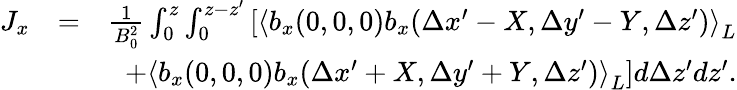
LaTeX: \begin{array}{rlr}{J_{x}}&{=}&{\frac{1}{B_{0}^{2}}\int_{0}^{z}\int_{0}^{z-z^{\prime}}\left[\left\langle b_{x}(0,0,0)b_{x}(\Delta x^{\prime}-X,\Delta y^{\prime}-Y,\Delta z^{\prime})\right\rangle_{L}\right.}\\ &{}&{\left.+\left\langle b_{x}(0,0,0)b_{x}(\Delta x^{\prime}+X,\Delta y^{\prime}+Y,\Delta z^{\prime})\right\rangle_{L}\right]d\Delta z^{\prime}d{z}^{\prime}.}\end{array}